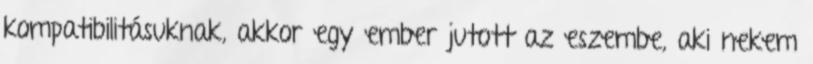
kompatibilitásuknak, akkor egy ember jutott az eszembe, aki nekem